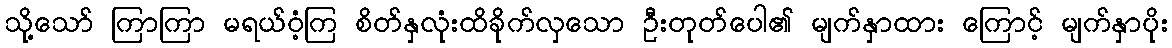
သို့သော် ကြာကြာ မရယ်ဝံ့ကြ စိတ်နှလုံးထိခိုက်လှသော ဦးတုတ်ပေါ၏ မျက်နှာထား ကြောင့် မျက်နှာပိုး